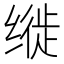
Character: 𫄳